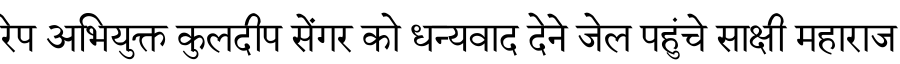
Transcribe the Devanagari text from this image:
रेप अभियुक्त कुलदीप सेंगर को धन्यवाद देने जेल पहुंचे साक्षी महाराज